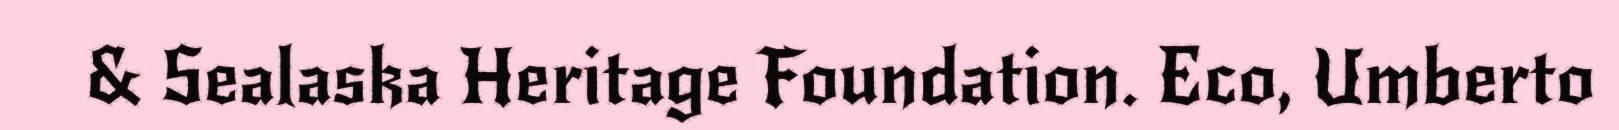
& Sealaska Heritage Foundation. Eco, Umberto